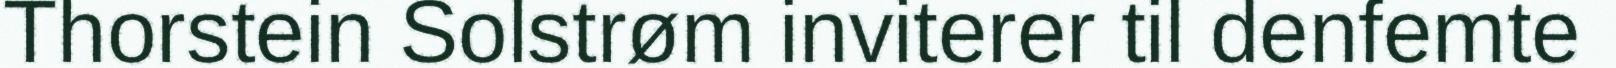
Thorstein Solstrøm inviterer til denfemte